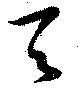
天